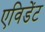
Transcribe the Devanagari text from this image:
एविडेंट